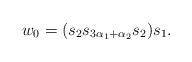
LaTeX: \begin{align*} w_0 = (s_2s_{3\alpha_1 + \alpha_2}s_2)s_1.\end{align*}